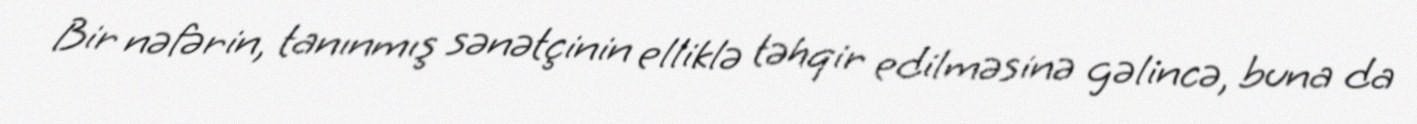
Bir nəfərin, tanınmış sənətçinin elliklə təhqir edilməsinə gəlincə, buna da